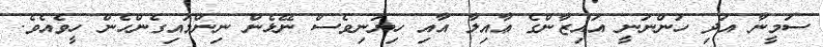
ސަމީނާ އަދި ހުންނަނީ އައިޒާންގެ ޢާއިލާ އާއި ހިޔަނިވެސް ނޭޅެން ނިންމައިގެންހެން ހީވެއެވެ.